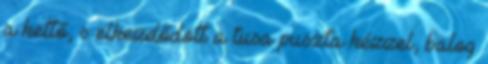
a kettő, s elkezdődött a tusa puszta kézzel, balog